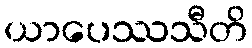
ယာပေဿသီတိ